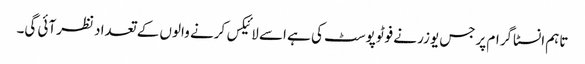
تاہم انسٹاگرام پرجس یوزر نے فوٹوپوسٹ کی ہے اسے لائیکس کرنے والوں کے تعداد نظرآئی گی۔